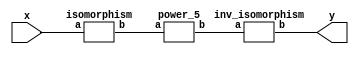
`timescale 1ns/100ps
module SMSS32_5_np_6_3(x,y);
	 input [5:0] x;
	 output [5:0] y;
	 wire [5:0] w;
	 wire [5:0] p;
	 isomorphism C2 (x,w);
	 power_5 C3 (w,p);
	 inv_isomorphism C4 (p,y);
endmodule

module add_base(a,b,c);
	 input [2:0] a;
	 input [2:0] b;
	 output [2:0] c;
	 assign c[0]=a[0]^b[0];
	 assign c[1]=a[1]^b[1];
	 assign c[2]=a[2]^b[2];
endmodule

module five_base(a,b);
	 input [2:0] a;
	 output [2:0] b;
	 assign b[0]=a[0]^a[1]^a[2]^(a[0]&a[1]);
	 assign b[1]=a[1]^(a[1]&a[2])^(a[0]&a[2]);
	 assign b[2]=a[2]^(a[0]&a[1])^(a[0]&a[2]);
endmodule

module power_5(a,b);
	 input [5:0] a;
	 output [5:0] b;
	 wire [2:0] x_0;
	 wire [2:0] x_1;
	 wire [2:0] x_2;
	 wire [2:0] x_3;
	 wire [2:0] x_4;
	 wire [2:0] x_5;
	 wire [2:0] y_0;
	 wire [2:0] y_1;
	 assign x_0[0]=a[0];
	 assign x_0[1]=a[1];
	 assign x_0[2]=a[2];
	 assign x_1[0]=a[3];
	 assign x_1[1]=a[4];
	 assign x_1[2]=a[5];
	 add_base A1 (x_0,x_1,x_2);
	 five_base A2 (x_2,x_3);
	 five_base  A3 (x_0,x_4);
	 five_base A4 (x_1,x_5);
	 add_base A5 (x_5,x_3,y_0);
	 add_base A6 (x_4,x_3,y_1);
	 assign b[0]=y_1[0];
	 assign b[1]=y_1[1];
	 assign b[2]=y_1[2];
	 assign b[3]=y_0[0];
	 assign b[4]=y_0[1];
	 assign b[5]=y_0[2];
endmodule

module inv_isomorphism(a,b);
	 input [5:0] a;
	 output [5:0] b;
	 assign b[0]=a[3]^a[5];
	 assign b[1]=a[0]^a[3]^a[4]^a[5];
	 assign b[2]=a[0]^a[1]^a[4];
	 assign b[3]=a[3]^a[4];
	 assign b[4]=a[0]^a[3]^a[5];
	 assign b[5]=a[0]^a[2]^a[4]^a[5];
endmodule

module isomorphism(a,b);
	 input [5:0] a;
	 output [5:0] b;
	 assign b[0]=a[0]^a[1];
	 assign b[1]=a[1]^a[3];
	 assign b[2]=a[0]^a[1]^a[2]^a[4]^a[5];
	 assign b[3]=a[4]^a[5];
	 assign b[4]=a[1]^a[2]^a[4];
	 assign b[5]=a[4];
endmodule